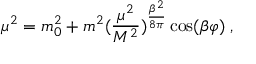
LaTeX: \mu ^ { 2 } = m _ { 0 } ^ { 2 } + m ^ { 2 } ( { \frac { \mu ^ { 2 } } { M ^ { 2 } } } ) ^ { { \frac { \beta ^ { 2 } } { 8 \pi } } } \cos ( \beta \varphi ) \; ,